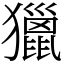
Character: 獵